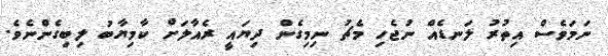
ނަމަވެސް އިތުރު ލަނޑެއް ނުޖެހި މެޗު ނިމިގެން ދިޔައީ ރެއާލަށް ކާމިޔާބު ލިބިގެންނެވެ.